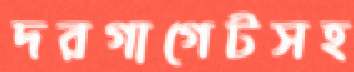
দরগাগেটসহ